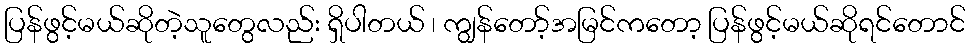
ပြန်ဖွင့်မယ်ဆိုတဲ့သူတွေလည်း ရှိပါတယ် ၊ ကျွန်တော့်အမြင်ကတော့ ပြန်ဖွင့်မယ်ဆိုရင်တောင်